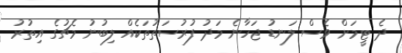
ދެ ޓީމަށް ވެސް ލަނޑު ޖަހާނެ މަދު ފުރުސަތުތަކެއް ލިބުނު މެޗުގެ އިތުރު